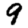
Digit: 9